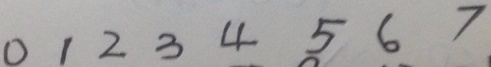
0 1 2 3 4 5 6 7